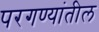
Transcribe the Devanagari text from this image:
परगण्यांतील